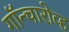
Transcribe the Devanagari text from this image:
गॉन्चारोव्ह